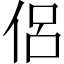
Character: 侶